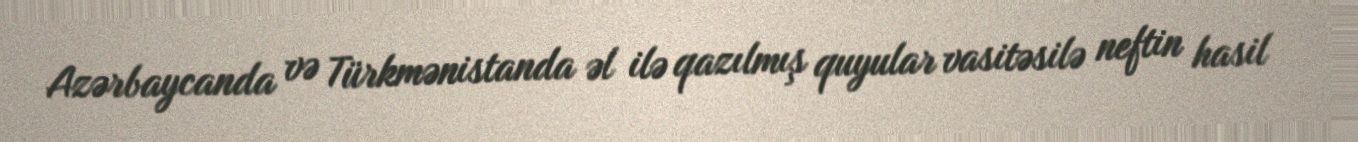
Azərbaycanda və Türkmənistanda əl ilə qazılmış quyular vasitəsilə neftin hasil